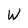
Character: w